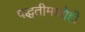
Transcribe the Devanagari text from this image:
पद्धतीमध्येही